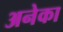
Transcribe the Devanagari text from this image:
अनेका